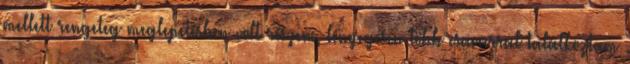
mellett rengeteg meglepetésben volt részem, lényegesen több csavarral találkoztam